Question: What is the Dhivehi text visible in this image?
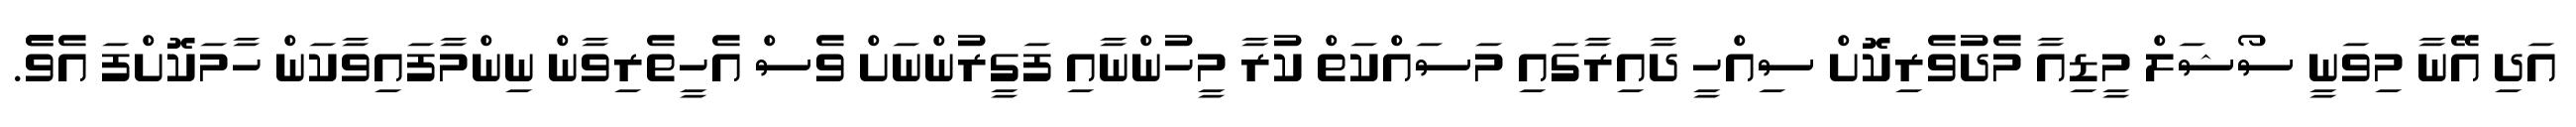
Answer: އަދި އޭނާ މިވަނީ ސޯޝަލް މީޑިއާ މެދުވެރިކޮށް ސިއްހީ ދާއިރާގައި މަސައްކަތް ކުރާ މީހުންނާއި ފަގީރުންނަށް ވެސް އެހީތެރިވާން ނިންމާފައިވާކަން ހާމަކޮށްފަ އެވެެ.